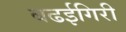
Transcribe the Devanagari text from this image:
बढईगिरी